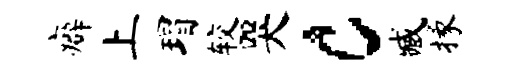
癖上瑁较哭c臧掾